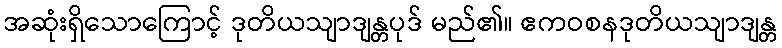
အဆုံးရှိသောကြောင့် ဒုတိယသျာဒျန္တပုဒ် မည်၏။ ဧကဝစနဒုတိယသျာဒျန္တ